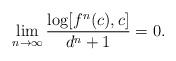
LaTeX: \begin{align*} \lim_{n\to\infty}\frac{\log[f^n(c),c]}{d^n+1}=0.\end{align*}